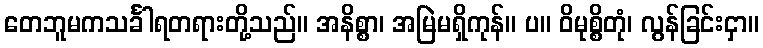
တေဘူမကသင်္ခါရတရားတို့သည်။ အနိစ္စာ၊ အမြဲမရှိကုန်။ ပ။ ဝိမုစ္စိတုံ၊ လွန်ခြင်းငှာ။